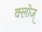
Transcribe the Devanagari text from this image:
क्लोज्